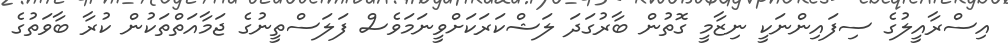
އިސްރާއީލުގެ ސިފައިންނަކީ ނިޒާމީ ގޮތުން ބާރުގަދަ ލަޝްކަރަކަށްވީނަމަވެސް ފަލަސްތީނުގެ ޖަމާއަތްތަކުން ކުރާ ބާވަތުގެ